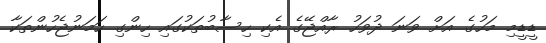
ޑީޑީމި މަހުގެ އަށް ވަނަ ދުވަހު ރާއްޖޭގެ އެކި ހިސާބުތަކުގައި ހިންގި ހަމަނުޖެހުންތަކާ